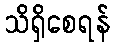
သိရှိစေရန်